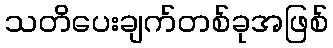
သတိပေးချက်တစ်ခုအဖြစ်